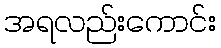
အရလည်းကောင်း